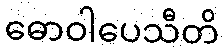
ဓောဝါပေသီတိ